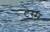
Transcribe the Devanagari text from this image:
टेस्म